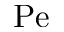
\mathrm { P e }